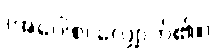
(အဝေါစ၊ လျှောက်၏။)